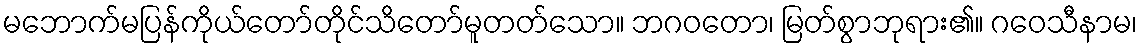
မဘောက်မပြန်ကိုယ်တော်တိုင်သိတော်မူတတ်သော။ ဘဂဝတော၊ မြတ်စွာဘုရား၏။ ဂဝေသီနာမ၊